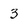
Character: 3